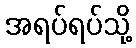
အရပ်ရပ်သို့